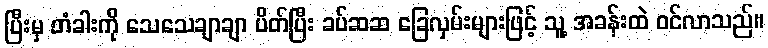
ပြီးမှ တံခါးကို သေသေချာချာ ပိတ်ပြီး ခပ်ဆဆ ခြေလှမ်းများဖြင့် သူ့ အခန်းထဲ ဝင်လာသည်။